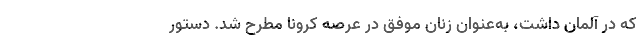
که در آلمان داشت، به‌عنوان زنان موفق در عرصه کرونا مطرح شد. دستور